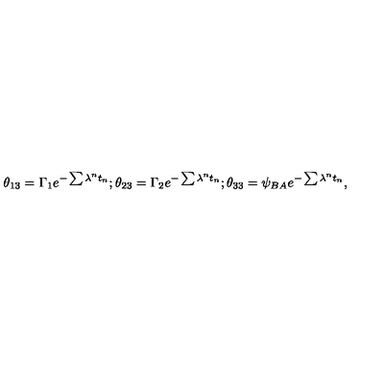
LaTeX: \theta _ { 1 3 } = \Gamma _ { 1 } e ^ { - \sum \lambda ^ { n } t _ { n } } ; \theta _ { 2 3 } = \Gamma _ { 2 } e ^ { - \sum \lambda ^ { n } t _ { n } } ; \theta _ { 3 3 } = \psi _ { B A } e ^ { - \sum \lambda ^ { n } t _ { n } } ,